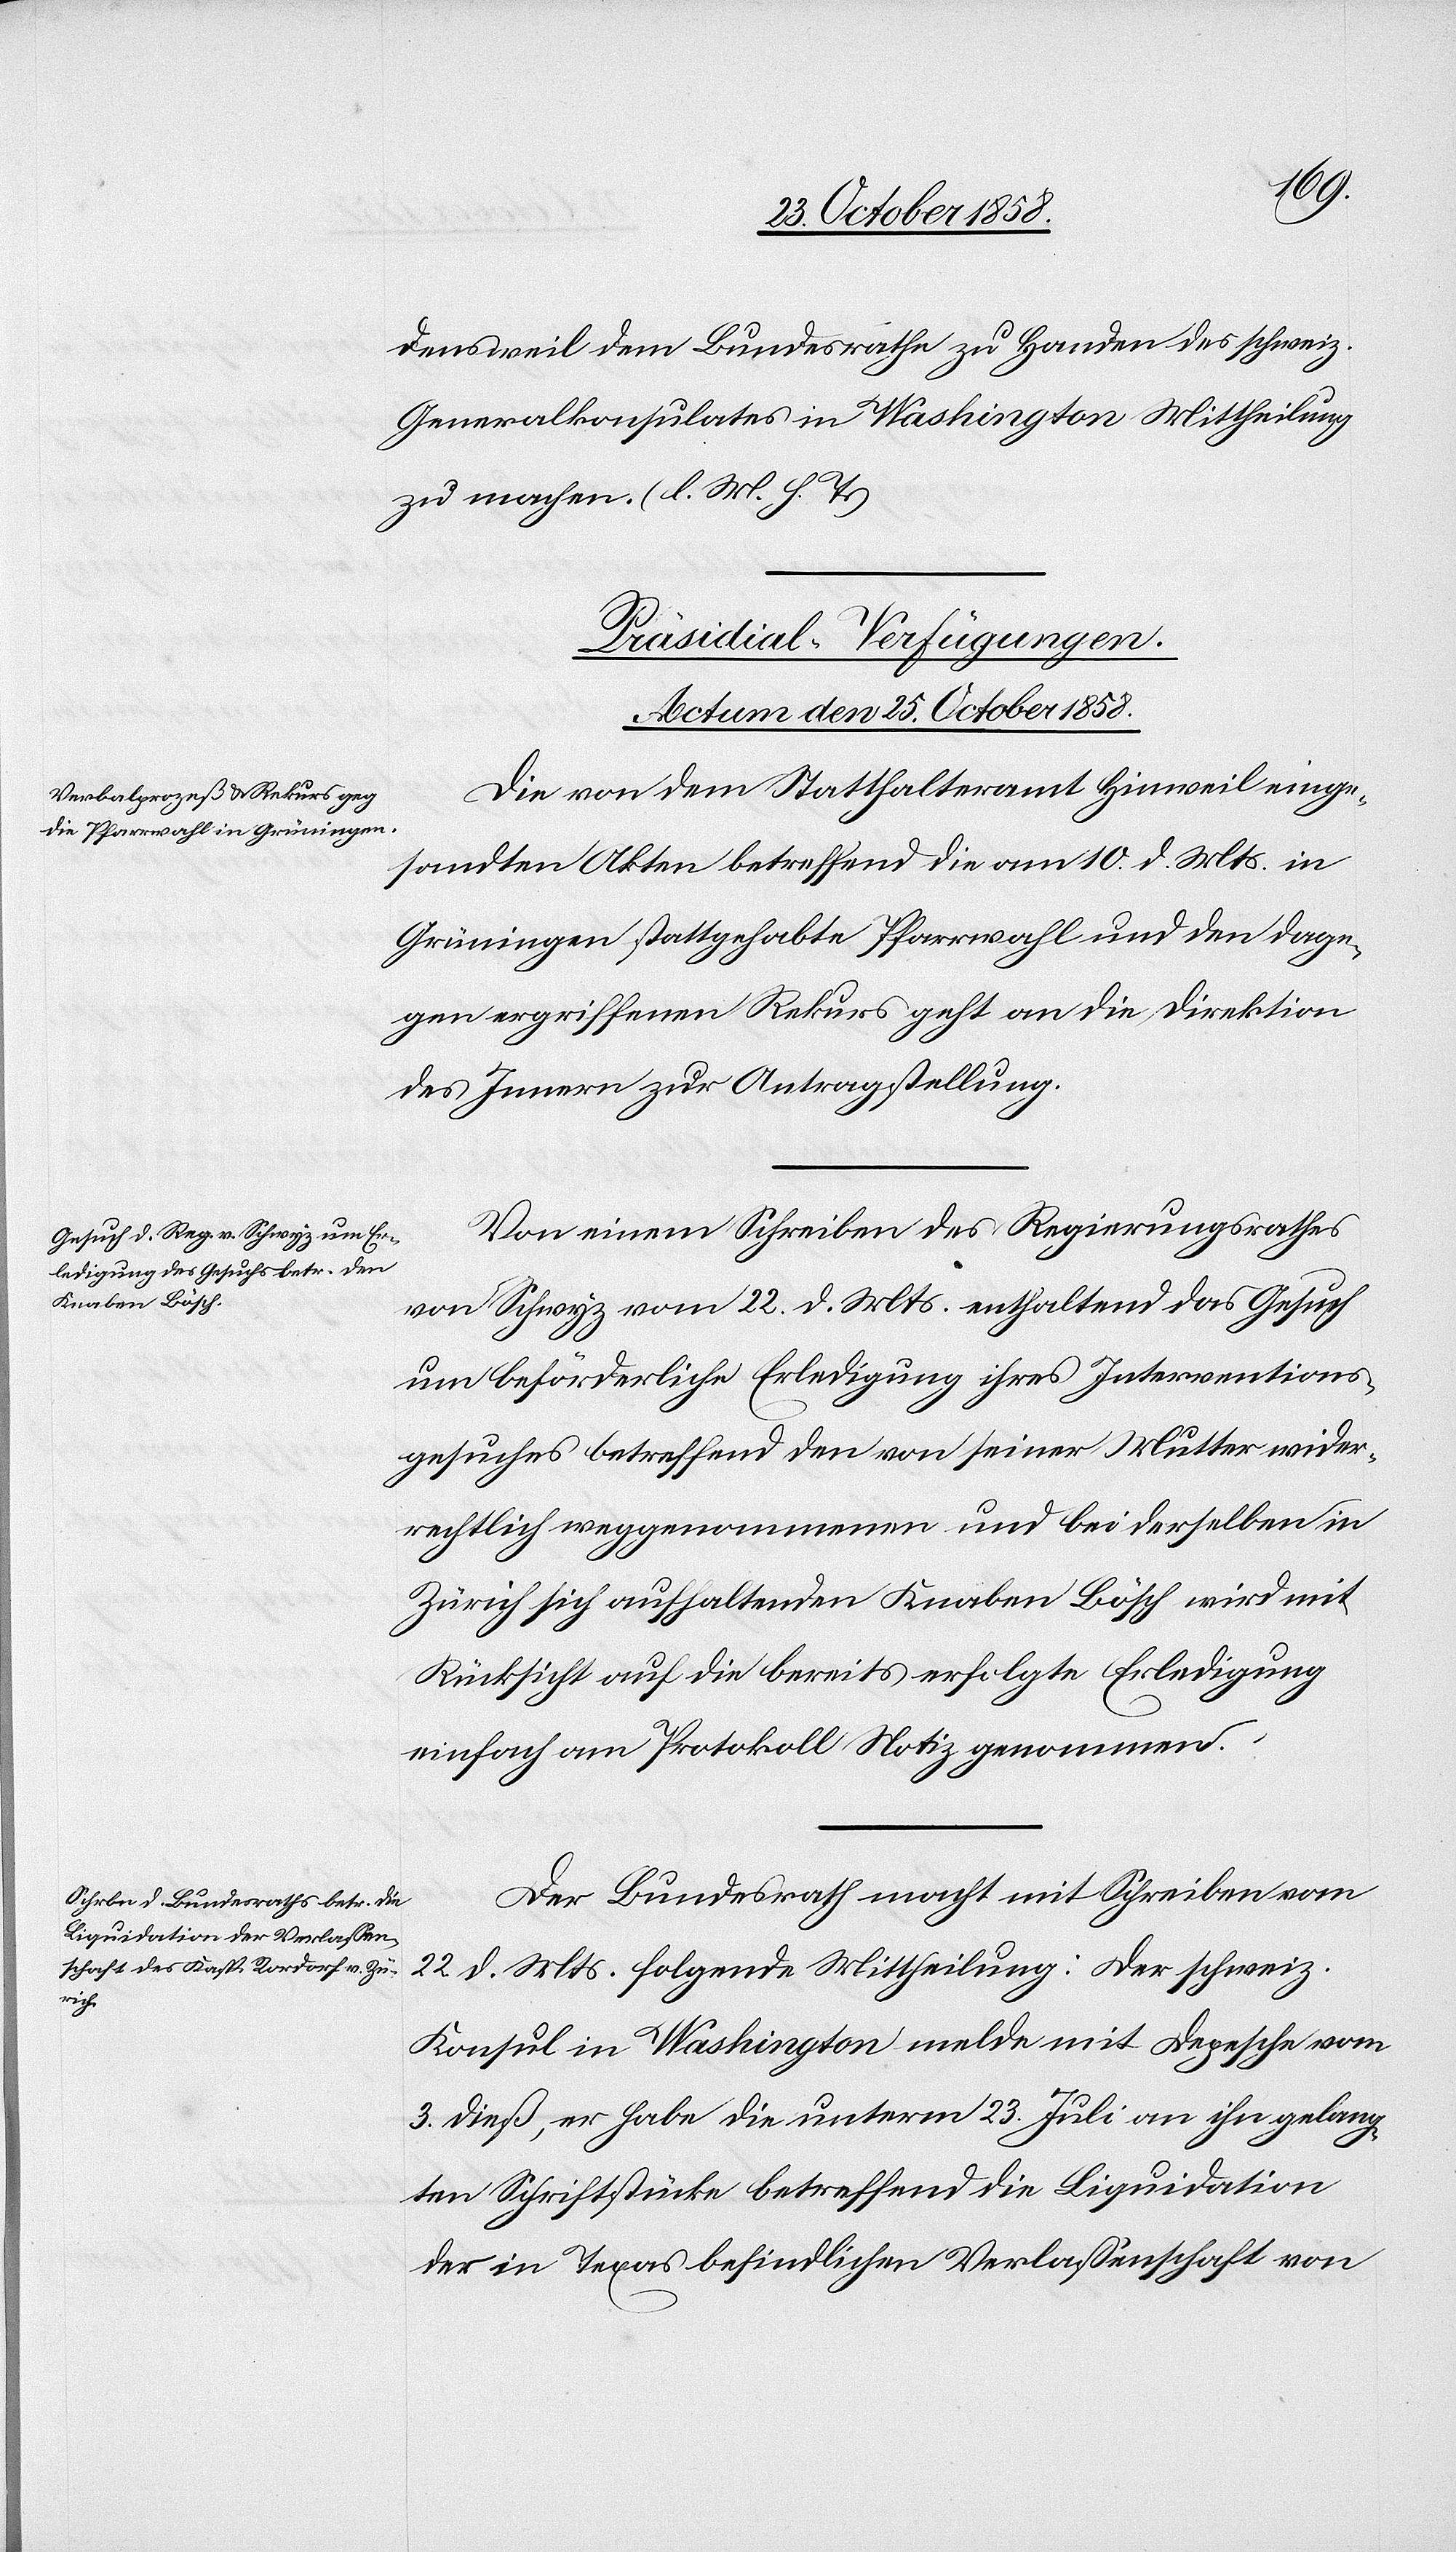
densweil dem Bundesrathe zu Handen des schweiz.
Generalkonsulates in Washington Mittheilung
zu machen. (l. M. h. T.)
[Präsidial-Verfügungen.
Actum den 25. October 1858.]
Die von dem Statthalteramt Hinweil einge¬
sandten Akten betreffend die am 10. d. Mts. in
Grüningen stattgehabte Pfarrwahl und den dage¬
gen ergriffenen Rekurs geht an die Direktion
des Innern zur Antragstellung.
Von einem Schreiben des Regierungsrathes
von Schwyz vom 22. d. Mts. enthaltend das Gesuch
um beförderliche Erledigung ihres Interventions¬
gesuches betreffend den von seiner Mutter wider¬
rechtlich weggenommenen und bei derselben in
Zürich sich aufhaltenden Knaben Bösch wird mit
Rücksicht auf die bereits erfolgte Erledigung
einfach am Protokoll Notiz genommen.
Der Bundesrath macht mit Schreiben vom
22 d. Mts. folgende Mittheilung: Der schweiz.
Konsul in Washington melde mit Depesche vom
3. dieß, er habe die unterm 23. Juli an ihn gelang¬
ten Schriftstücke betreffend die Liquidation
der in Texas befindlichen Verlassenschaft von